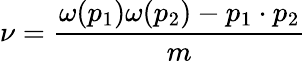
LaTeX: \nu=\frac{\omega(p_{1})\omega(p_{2})-p_{1}\cdot p_{2}}{m}